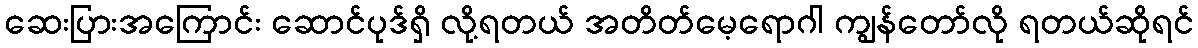
ဆေးပြားအကြောင်း ဆောင်ပုဒ်ရှိ လို့ရတယ် အတိတ်မေ့ရောဂါ ကျွန်တော်လို ရတယ်ဆိုရင်